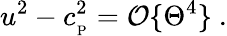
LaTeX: u^{2}-c_{_\mathrm{P}}^{2}={\cal O}\{ \Theta^{4}\} \ .